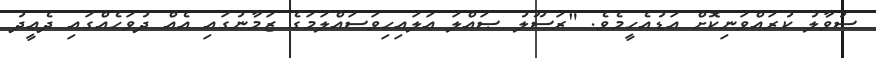
ސުވާލު ކުރައްވަނިކޮށް އަޑުއެހީމެވެ. "ރަސޫލު ޞައްލަ ޢަލައިހިވަސައްލަމަގެ ޒަމާނުގައި އެއް ދުވަހެއްގައި ދެޢީދު